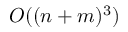
O ( ( n + m ) ^ { 3 } )